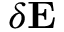
\delta \mathbf { E }